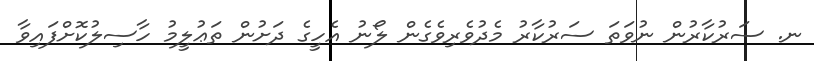
ނ. ސަރުކާރުން ނުވަތަ ސަރުކާރު މެދުވެރިވެގެން ލޯނު އެހީގެ ދަށުން ތަޢުލީމު ހާސިލުކޮށްފައިވާ